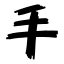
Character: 手